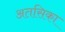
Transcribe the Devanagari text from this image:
अतसिका